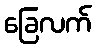
ခြေလက်